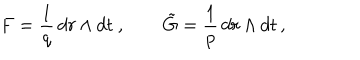
LaTeX: F = \frac { 1 } { q } \, d r \wedge d t \ , \qquad \tilde { G } = \frac { 1 } { p } \, d r \wedge d t \, ,